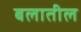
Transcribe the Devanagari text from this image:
बलातील